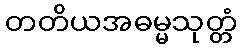
တတိယအဓမ္မသုတ္တံ